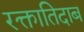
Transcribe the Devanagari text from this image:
रक्तातिदाब